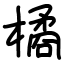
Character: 橘